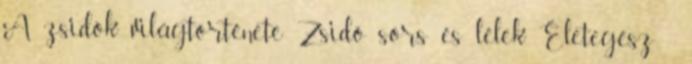
A zsidók világtörténete Zsidó sors és lélek Életegész -